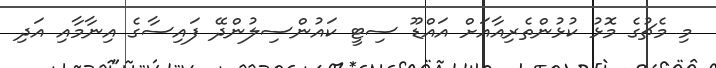
މި މެޗުގެ މޮޅު ކުޅުންތެރިއާއަށް އައްޑޫ ސިޓީ ކައުންސިލުންދޭ ފައިސާގެ އިނާމާއި އަދި